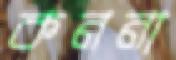
কননা